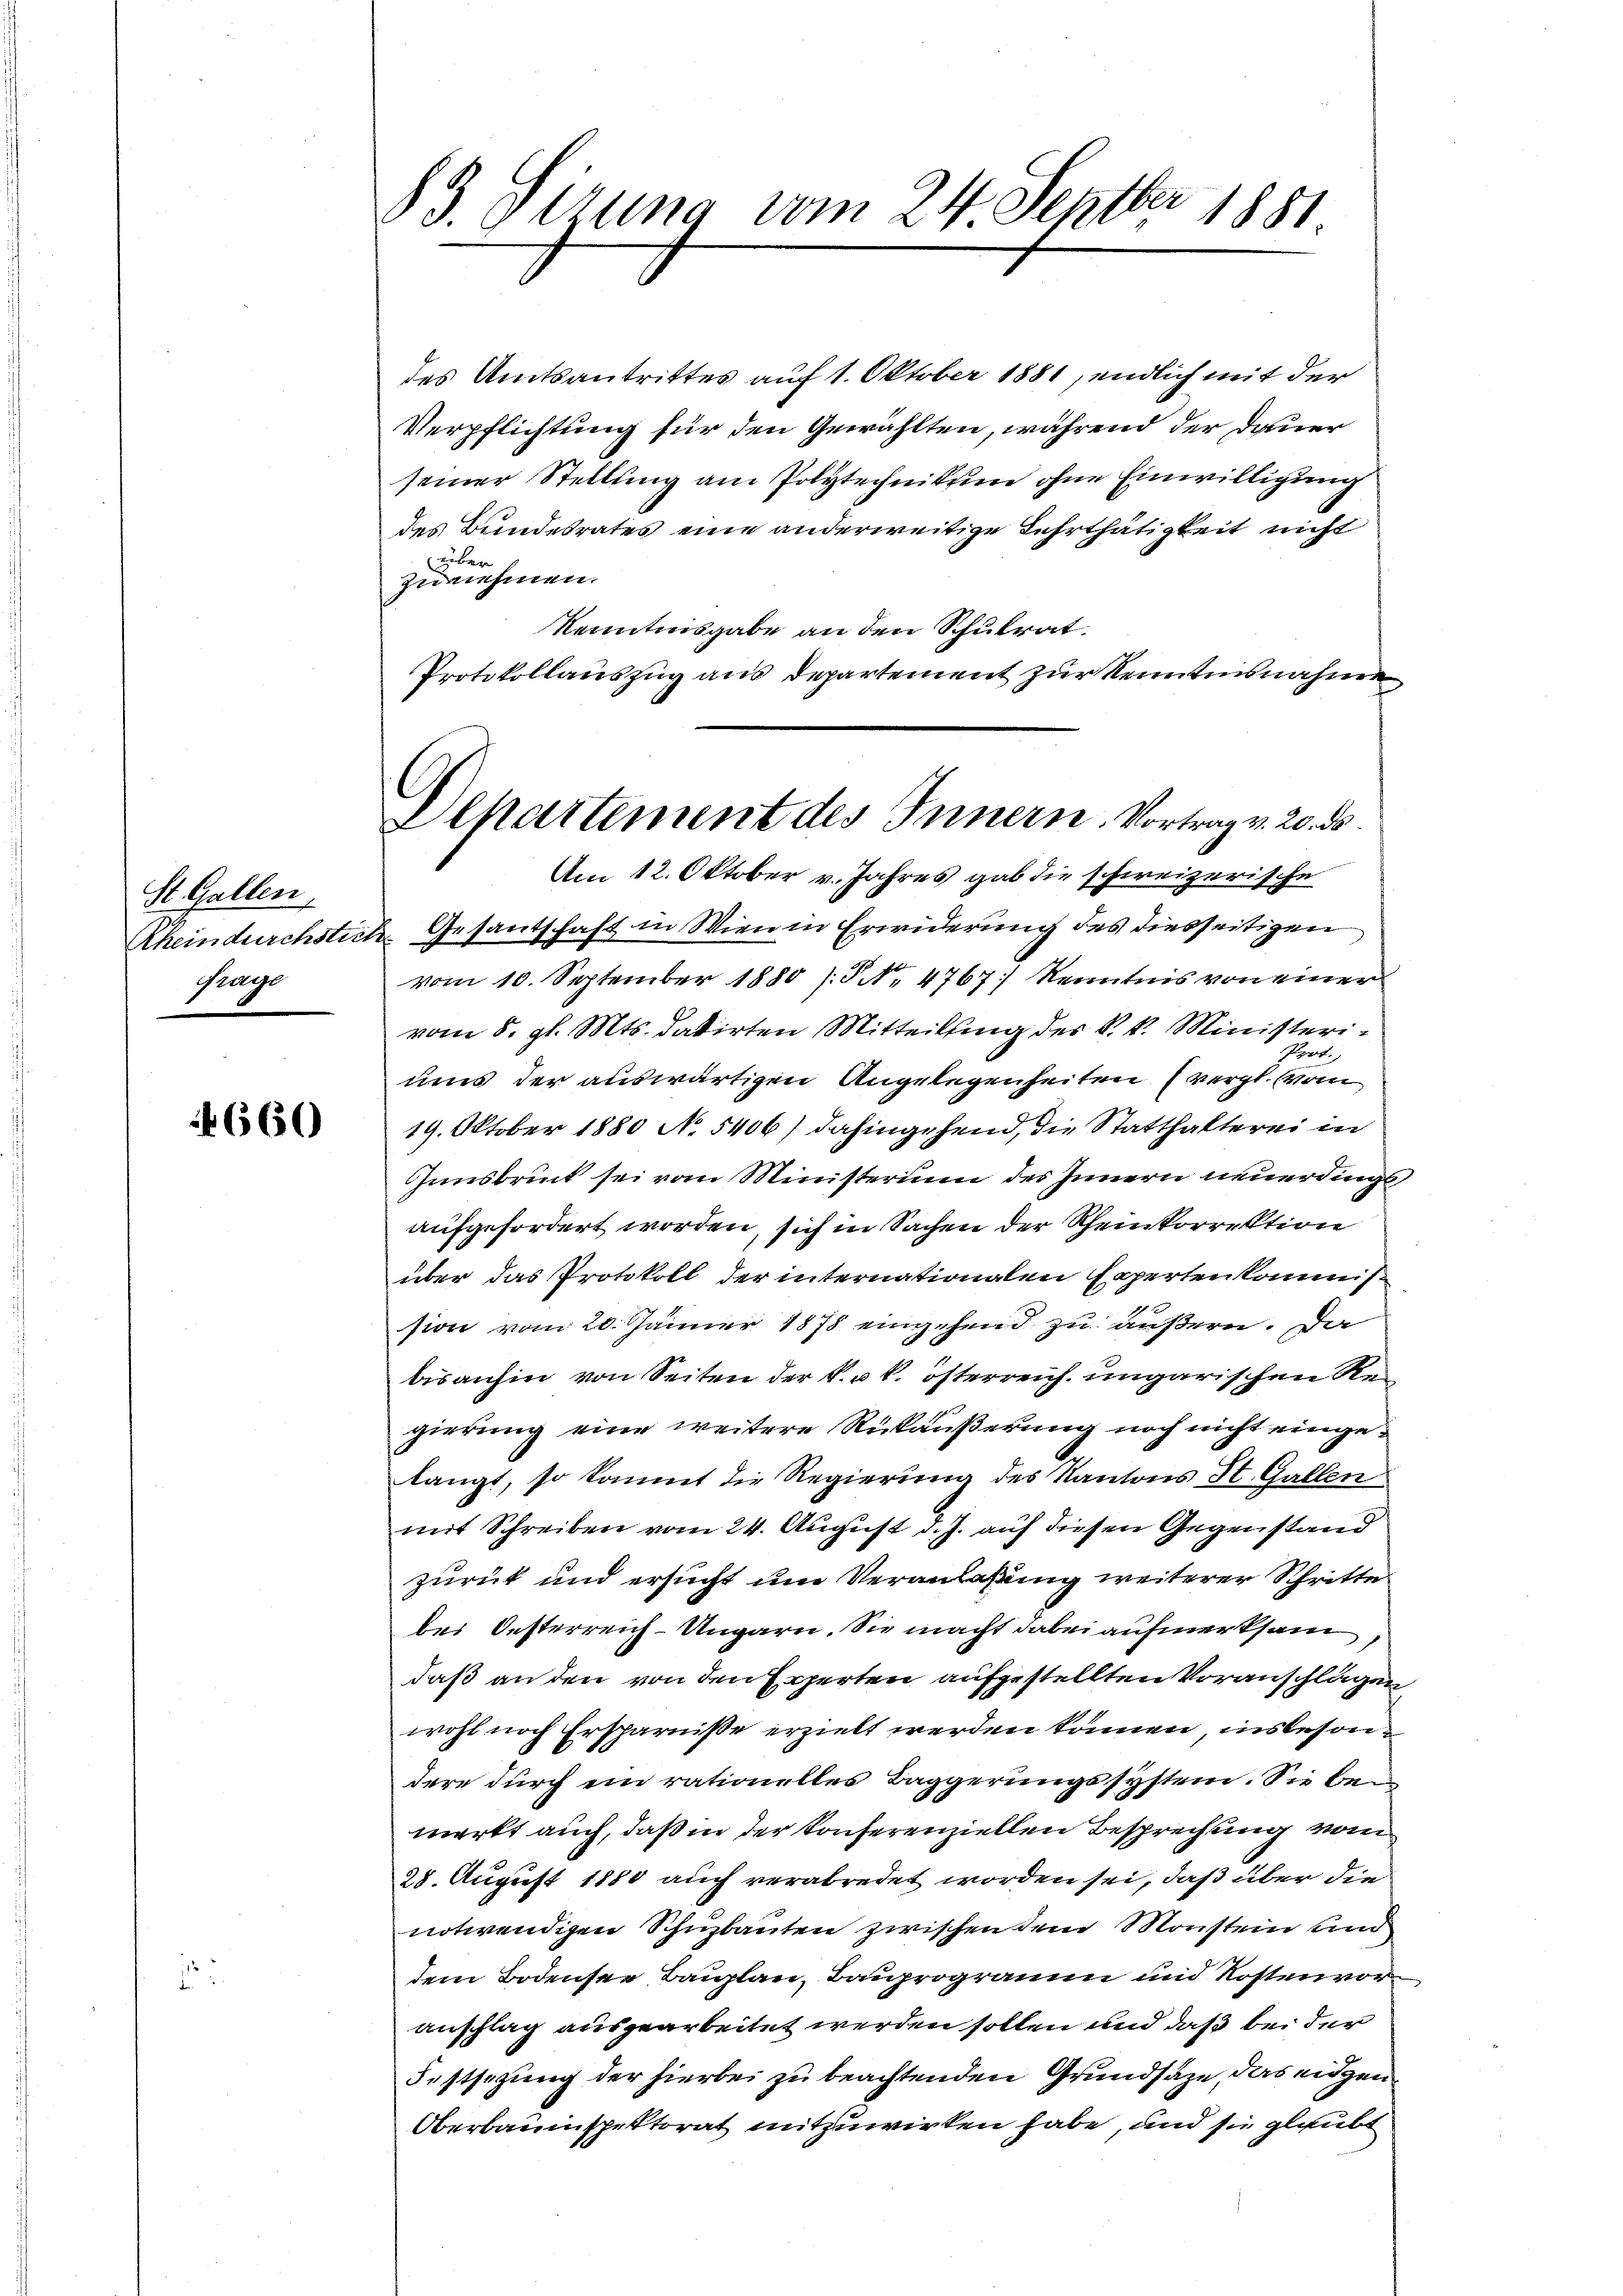
St. Gallen,
Rheindurchstier
Grage

660

83. Sirung vom 24. Septbr 1881

Plhartement des Innern. Vortrag v. 20. ds.
Am 12. Oktober v. Jahres gab die schweizerische

des Amtsantrittes auf 1. Oktober 1881, endlich mit der
Verpflichtung für den Gewählten, während der Dauer
seiner Stellung am Polytechnikum ohne Einwilligung
des Bundesrates eine anderweitige Lehrthätigkeit nicht
Huber
zunehmen.
kenntnisgabe an den Schulrat
Protokollauszug aus Departement zur Kenntnisnahme
2. Gesantschaft in Wien in Erwiderung des diesseitigen
vom 10. September 1880 (§ NNo. 4767] Kenntnis von einer
vom 8. gl. Mts. datirten Mitteilung des R. k. Ministeri¬
Prot.
ums der auswärtigen Angelegenheiten (vergl. Con
19. Oktober 1880 No 5406) dahingehend, die Statthalterei in
Innsbruck sei vom Ministerium des Innern neuerdingt,
aufgefordert worden, sich in Sachen der Rheinkorrektion
über das Protokoll der internationalen Experten kommission vom 20. Jänner 1878 eingehend zu äußern. Da
bisanhin von Seiten der k. u. k. österreich ungarischen Regierung eine weitere Rückäußerung noch nicht eingelangt, so kommt die Regierung des Kantons St. Gallen
mit Schreiben vom 24. August d. J. auf diesen Gegenstand
zurück und ersucht um Veranlaßung weiterer Schritte
bei Oesterreich-Ungarn. Sie macht dabei aufmerksam
daß an den von den Experten aufgestellten Voranschlägen,
wohl noch Ersparnisse erzielt werden können, insbesondere durch ein rationelles Baggerungssystem. Sie bemerkt auch, daß in der Konferenziellen Besprechung vom
28. August 1880 auch verabredet worden sei, daß über die
notwendigen Schuzbauten zwischen dem Monstein und
dem Bodensee, Bauplan, Bauprogramm und Kostenvoranschlag ausgearbeitet werden sollen und daß bei der
Festsezung der hierbei zu beachtenden Grundsaze, das eidgen
Oberbauinspektorat mitzuwirken habe, und sie glaubt